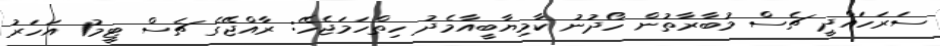
ސަރަހައްދީ ޗެސް މުބާރާތުން ހޯދުނު ކާމިޔާބީއާމެދު ހިތްހަމަޖެހޭ: ރާއްޖޭގެ ޗެސް ޓީމު1 އަހަރު